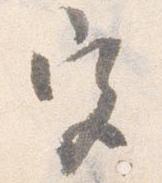
宮